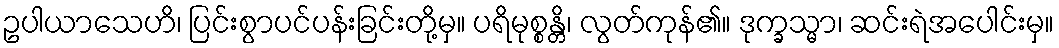
ဥပါယာသေဟိ၊ ပြင်းစွာပင်ပန်းခြင်းတို့မှ။ ပရိမုစ္စန္တိ၊ လွတ်ကုန်၏။ ဒုက္ခသ္မာ၊ ဆင်းရဲအပေါင်းမှ။